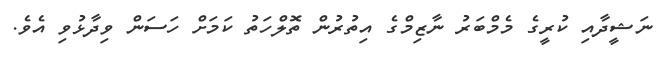
ނަޝީދާއި ކުރީގެ މެމްބަރު ނާޒިމްގެ އިތުރުން ތޮލްހަތު ކަމަށް ހަސަން ވިދާޅުވި އެވެ.